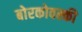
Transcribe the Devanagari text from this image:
बोरकोवस्की